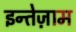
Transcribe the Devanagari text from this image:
इन्तेज़ाम